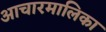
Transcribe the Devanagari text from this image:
आचारमालिका